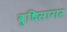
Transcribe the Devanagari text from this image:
बुधिसागर